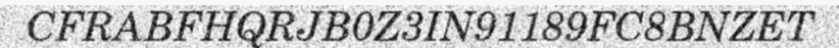
CFRABFHQRJB0Z3IN91189FC8BNZET